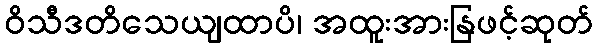
ဝိသီဒတိသေယျထာပိ၊ အထူးအားနြဖင့်ဆုတ်